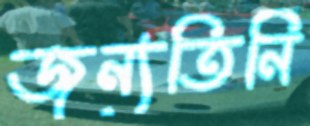
জন্যতিনি